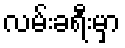
လမ်းခရီးမှာ